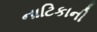
નાટિકાની